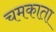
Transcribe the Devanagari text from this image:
चमकाता